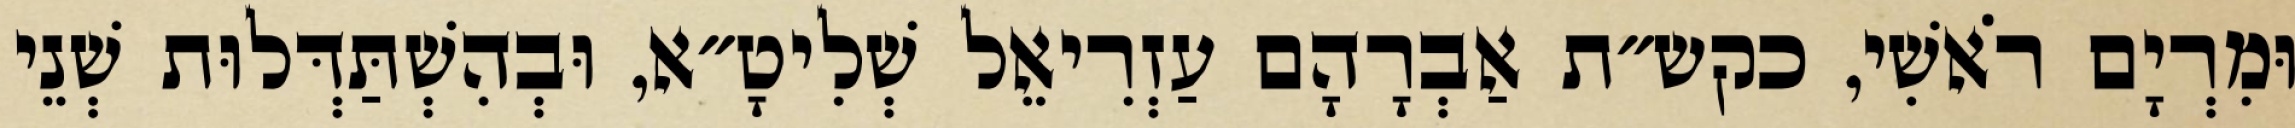
וּמִרְיָם רֹאשִׁי, כקש״ת אַבְרָהָם עַזְרִיאֵל שְׁלִיטָ״א, וּבְהִשְׁתַּדְּלוּת שְׁנֵי